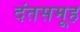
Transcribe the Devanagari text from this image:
दंतसमूह